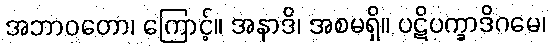
အဘာဝတော၊ ကြောင့်။ အနာဒိ၊ အစမရှိ။ ပဋိပက္ခာဒိဂမေ၊